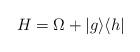
LaTeX: \begin{align*} H=\Omega+ |g \rangle \langle h |\end{align*}